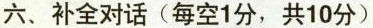
六、补全对话（每空1分，共10分）